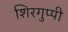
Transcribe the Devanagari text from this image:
शिरगुप्पी